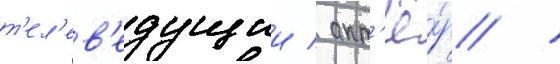
т'ел'ев'едущии / акт'ё́р /